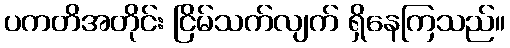
ပကတိအတိုင်း ငြိမ်သက်လျက် ရှိနေကြသည်။